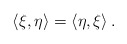
\begin{align*}\langle\xi , \eta \rangle = \langle \eta ,\xi \rangle\,.\end{align*}